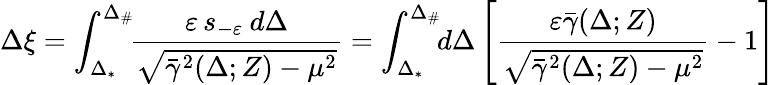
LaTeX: \Delta\xi=\int_{\Delta_{*}}^{\Delta_{\# }}\! \! \frac{\varepsilon\, s_{-\varepsilon}\: d\Delta}{\sqrt{\bar{\gamma}^{2}(\Delta;Z)-\mu^{2}}}=\displaystyle\int_{\Delta_{*}}^{\Delta_{\# }}\! \! d\Delta\left[\frac{\varepsilon\bar{\gamma}(\Delta;Z)}{\sqrt{\bar{\gamma}^{2}(\Delta;Z)-\mu^{2}}}-1\right]